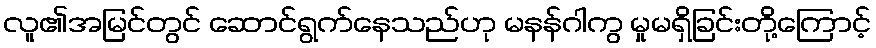
လူ၏အမြင်တွင် ဆောင်ရွက်နေသည်ဟု မနန်ဂါကွ မှုမရှိခြင်းတို့ကြောင့်